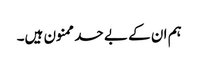
ہم ان کے بے حد ممنون ہیں۔